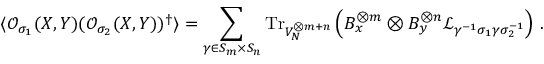
\langle \mathcal { O } _ { \sigma _ { 1 } } ( X , Y ) ( \mathcal { O } _ { \sigma _ { 2 } } ( X , Y ) ) ^ { \dagger } \rangle = \sum _ { \gamma \in S _ { m } \times S _ { n } } \mathrm { T r } _ { V _ { N } ^ { \otimes m + n } } \left( B _ { x } ^ { \otimes m } \otimes B _ { y } ^ { \otimes n } \mathcal { L } _ { \gamma ^ { - 1 } \sigma _ { 1 } \gamma \sigma _ { 2 } ^ { - 1 } } \right) \, .